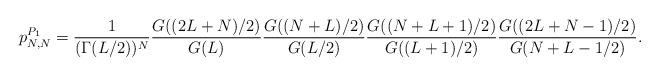
LaTeX: \begin{align*}p_{N,N}^{P_1} = \frac{1}{(\Gamma(L/2))^N}\frac{G((2L+N)/2)}{G(L)}\frac{G((N+L)/2)}{G(L/2)}\frac{G((N+L + 1)/2)}{G((L+1)/2)}\frac{G((2L+N-1)/2)}{G(N+L-1/2)}.\end{align*}